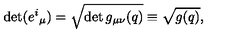
\det ( { e ^ { i } } _ { \mu } ) = \sqrt { \det g _ { \mu \nu } ( q ) } \equiv \sqrt { g ( q ) } ,